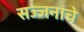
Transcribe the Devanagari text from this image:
सज्जनांचे